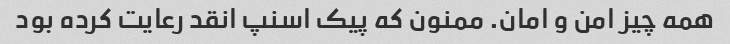
همه چیز امن و امان. ممنون که پیک اسنپ انقد رعایت کرده بود